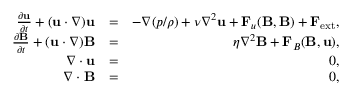
\begin{array} { r l r } { \frac { \partial { \bf u } } { \partial t } + ( { \bf u } \cdot \nabla ) { \bf u } } & { = } & { - \nabla ( { p } / { \rho } ) + \nu \nabla ^ { 2 } { \bf u } + { \bf F } _ { u } ( { \bf B , B } ) + { \bf F } _ { \mathrm { e x t } } , } \\ { \frac { \partial { \bf B } } { \partial t } + ( { \bf u } \cdot \nabla ) { { \bf B } } } & { = } & { \eta \nabla ^ { 2 } { { \bf B } } + { \bf F } _ { B } ( { \bf B , u } ) , } \\ { \nabla \cdot { \bf u } } & { = } & { 0 , } \\ { \nabla \cdot { \bf B } } & { = } & { 0 , } \end{array}